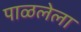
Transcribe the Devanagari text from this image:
पाळलेला